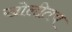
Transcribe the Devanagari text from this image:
खोलीतच